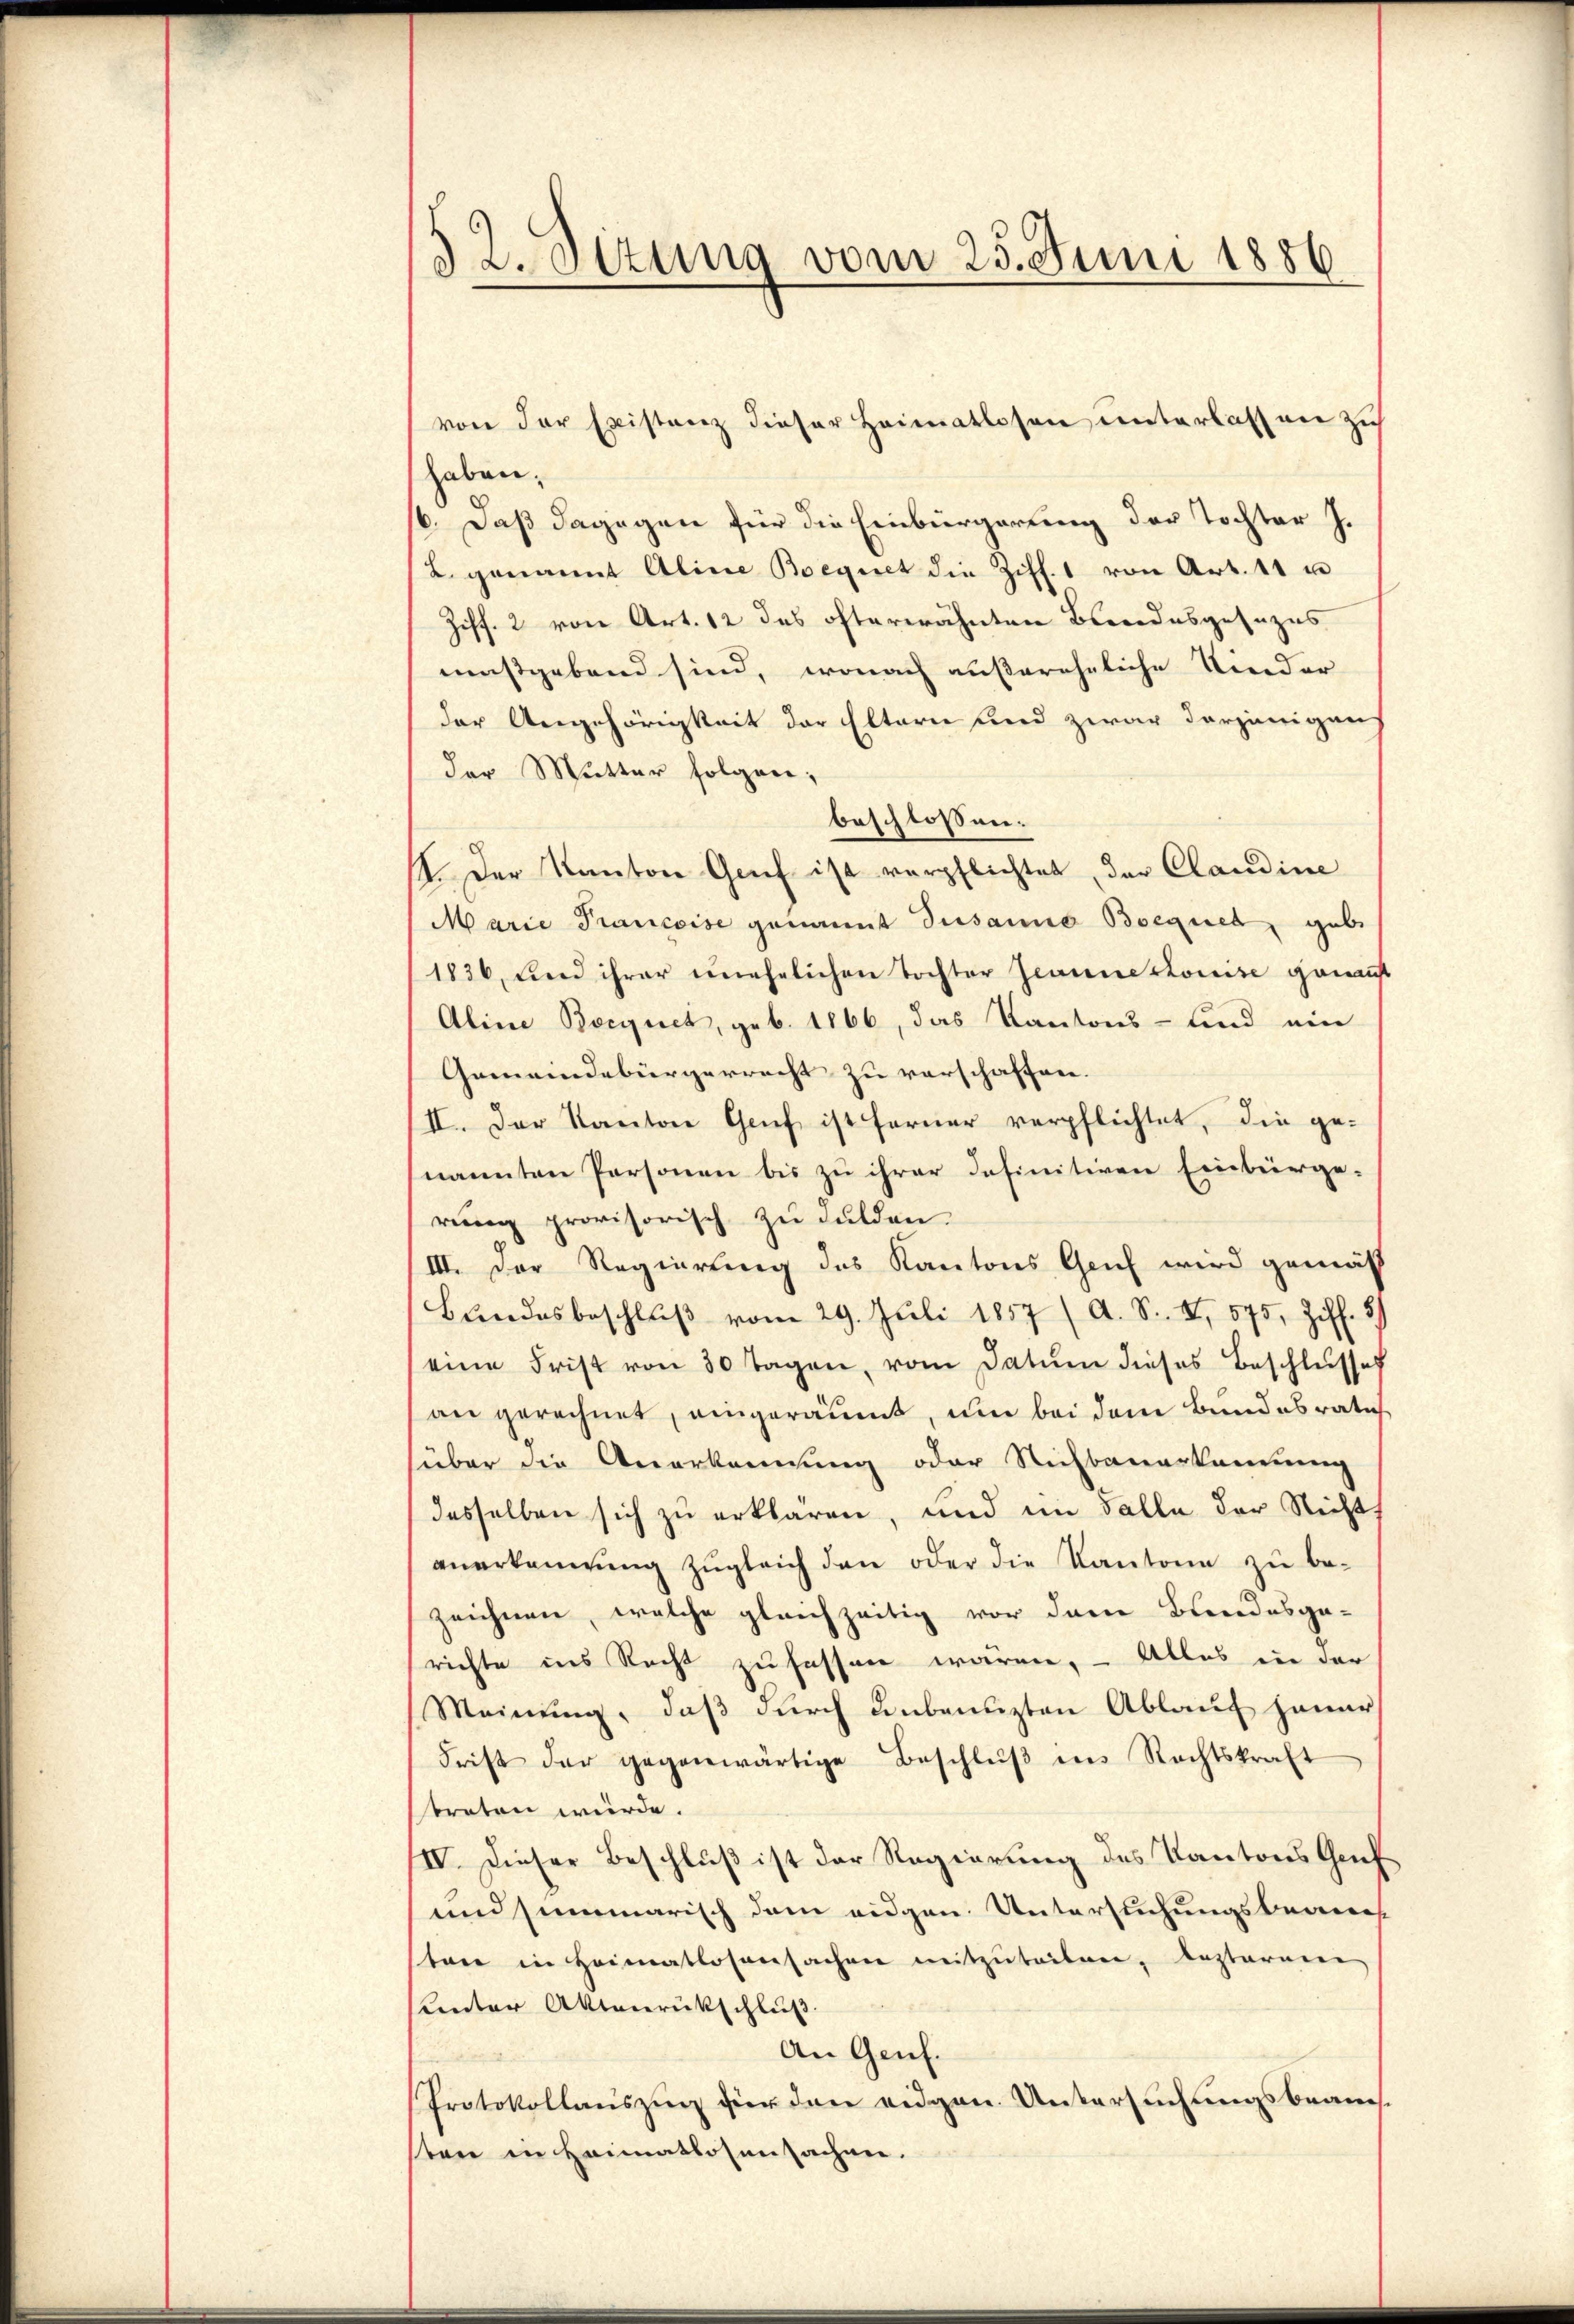
¬
od. Situng vom 25. Juni 1886

von der Existanz dieser Heimatlosen unterlassen zu
haben.
6. Daß dagegen für die Einbürgerung der Tochter J.
2. genannt Aline Boegnet die Ziff. 1 von Art. 11 u
Ziff. 2 von Art. 12 des ofterwähnten Blandesgesezes
maßgebend sind, wonach äußereheliche Nieder
der Angehörigkeit der Eltern sind zwar derjenigen
der Mutter folgen,
beschlossen:
I. Der Kanton Genf ist verpflichtet, der Claudine
Marie Francoise genannt Susanna Boeques, geb
1836, und ihrer unehelichen Tochter Jeannes Louise genauf
Aline Bocquet, geb. 1866, das Kantons- und ein
Gemeindebürgerrecht zu verschaffen.
II. Der Kanton Genf ist ferner verpflichtet, die genannten Personen bis zu ihrer definitiven Einburge-
rung provisorisch zu dulden
III. Der Regierung des Kantons Genf wird gemäß
Bŭndesbeschlŭβ vom 29. Juli 1857 (A. S. II, 575, Ziff. 3)
eine Frist von 30 Tagen, vom Datum dieses Beschlŭsses
an gerechnet, eingeräumt, um bei dem Bundesrath
über die Anerkennung oder Nichbauerkennung
desselben sich zu erklären, und im Falle der Richt
anerkennung zugleich den oder die Kantone zu bezeichnen, welche gleichzeitig vor dem Bundesge-
richte ins Recht zufassen wären, – Alles in der
Meinung, daß durch unbenuzten Ablauf jener
Frist der gegenwärtige Beschlŭβ ins Rechtskraft
treten würde.
IV. Dieser Beschluß ist der Regierung des Kantons Griech
und summarisch dem eidgen. Unterstehungsbeans
tare in Heimatlosensachen mitzuteilen, lezterene
unter Aktenrückschluß.
An Genf.
Protokollauszug für den eidgen. Untersuchungsbeans
sten in Heimatlosensachen.